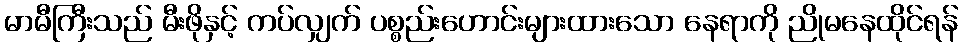
မာမီကြီးသည် မီးဖိုနှင့် ကပ်လျှက် ပစ္စည်းဟောင်းများထားသော နေရာကို ညိုမနေထိုင်ရန်